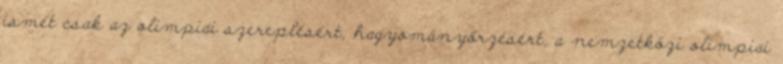
ismét csak az olimpiai szereplésért, hagyományőrzésért, a nemzetközi olimpiai